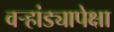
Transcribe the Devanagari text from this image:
वर्‍हांड्यापेक्षा